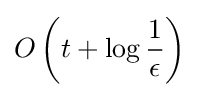
O\left(t+\log {\frac {1}{\epsilon }}\right)